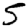
Digit: 5